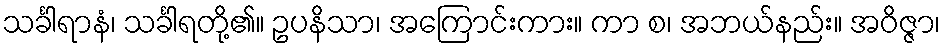
သင်္ခါရာနံ၊ သင်္ခါရတို့၏။ ဥပနိသာ၊ အကြောင်းကား။ ကာ စ၊ အဘယ်နည်း။ အဝိဇ္ဇာ၊